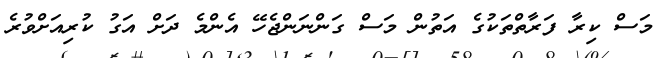
މަސް ކިރާ ފަރާތްތަކުގެ އަތުން މަސް ގަންނަންޖެހޭ އެންމެ ދަށް އަގު ކުރިއަށްވުރެ